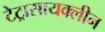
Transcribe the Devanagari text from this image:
टेट्रासायक्लीन